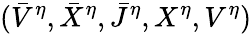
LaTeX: (\bar{V}^{\eta},\bar{X}^{\eta},\bar{J}^{\eta},X^{\eta},V^{\eta})